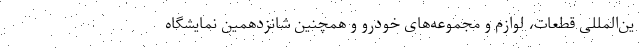
ین‌المللی قطعات، لوازم و مجموعه‌های خودرو و همچنین شانزدهمین نمایشگاه